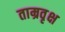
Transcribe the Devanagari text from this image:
ताम्रवृक्ष